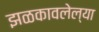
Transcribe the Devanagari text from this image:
झळकावलेल्या